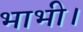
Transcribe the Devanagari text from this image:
भाभी।